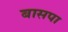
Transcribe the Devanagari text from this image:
बासपा